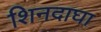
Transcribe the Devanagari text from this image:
शिनदाघा